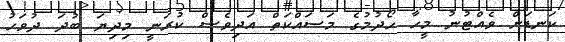
ކަނޑަށް ވެއްޓުނު މީހާ ހޯދުމުގެ މަސައްކަތް އަދިވެސް ކުރަނީ މިދިޔަ ބުދަ ދުވަހު